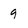
Character: 9